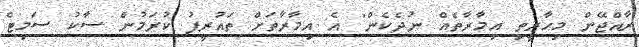
ރާއްޖޭން މިހާރީތި އިމާރާތެއް ނުދެކެން" އެ އިމާރާތަށް ތައުރީފު ކުރަމުން ސާކު ސަމިޓް